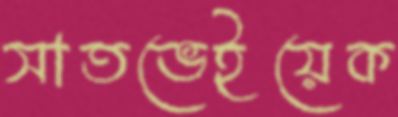
সাতভেইয়েক